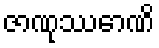
ဇာဏုဿောဏိ